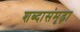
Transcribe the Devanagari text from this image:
शब्दासंमृढ़ा